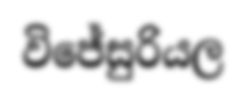
විජේසුරියල